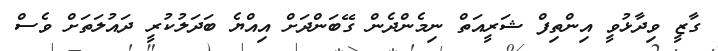
ގާޒީ ވިދާޅުވީ އިންތިފް ޝަރީއަތް ނިމެންދެން ގޭބަންދަށް އިއްޔެ ބަދަލުކުރީ ދައުލަތަށް ވެސް